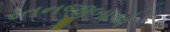
રતનજીબાએ